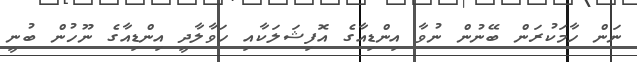
ނަން ހާމަކުރަން ބޭނުން ނުވާ އިންޑިއާގެ އޮފިޝަލަކާއި ހަވާލާދީ އިންޑިއާގެ ނޫހުން ބުނީ